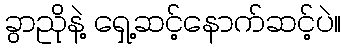
ခွာညိုနဲ့ ရှေ့ဆင့်နောက်ဆင့်ပဲ။